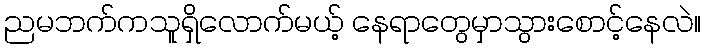
ညမဘက်ကသူရှိလောက်မယ့် နေရာတွေမှာသွားစောင့်နေလဲ။